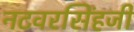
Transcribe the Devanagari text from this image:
नटवरसिंहजी